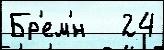
Бр'ем'́н   24